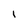
Character: l